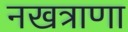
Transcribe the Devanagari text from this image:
नखत्राणा